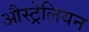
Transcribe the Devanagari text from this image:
औस्ट्रेलियन